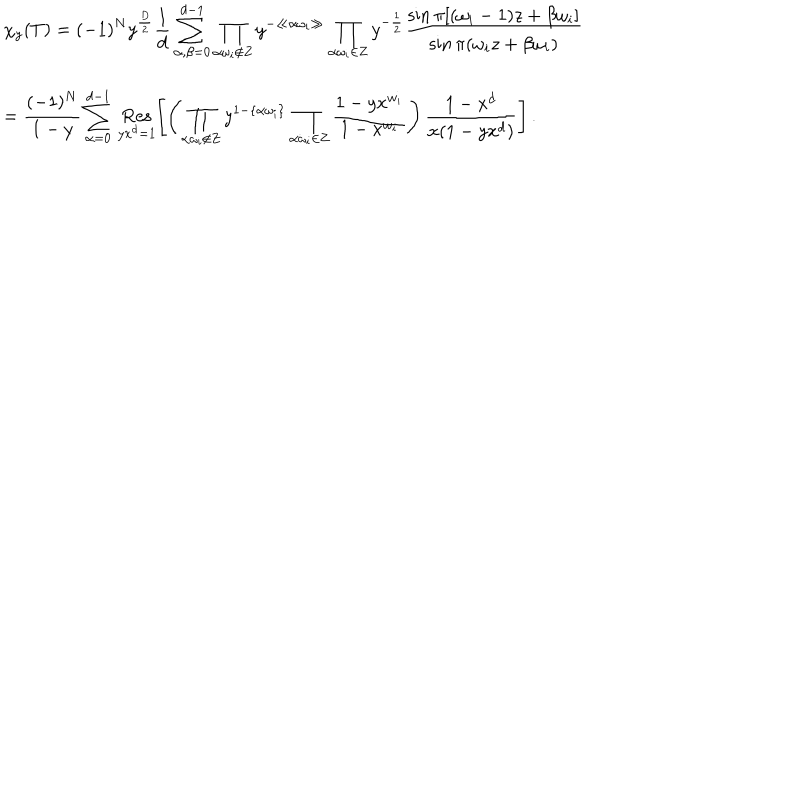
LaTeX: \begin{array} { l l } { { } } & { { \displaystyle \chi _ { y } ( T ) = ( - 1 ) ^ { N } y ^ { \frac { D } { 2 } } \frac { 1 } { d } \sum _ { \alpha , \beta = 0 } ^ { d - 1 } \prod _ { \alpha \omega _ { i } \not \in { \bf Z } } y ^ { - \ll \alpha \omega _ { i } \gg } \prod _ { \alpha \omega _ { i } \in { \bf Z } } y ^ { - \frac { 1 } { 2 } } \frac { \sin \pi [ ( \omega _ { i } - 1 ) z + \beta \omega _ { i } ] } { \sin \pi ( \omega _ { i } z + \beta \omega _ { i } ) } } } \\ { { } } & { { \displaystyle = \frac { ( - 1 ) ^ { N } } { 1 - y } \sum _ { \alpha = 0 } ^ { d - 1 } \, \mathop { \mathrm { R e s } } _ { y x ^ { d } = 1 } \left[ \left( \prod _ { \alpha \omega _ { i } \not \in { \bf Z } } y ^ { 1 - \{ \alpha \omega _ { i } \} } \prod _ { \alpha \omega _ { i } \in { \bf Z } } \frac { 1 - y x ^ { w _ { i } } } { 1 - x ^ { w _ { i } } } \right) \frac { 1 - x ^ { d } } { x ( 1 - y x ^ { d } ) } \right] \, . \nonumber } } \\ \end{array}